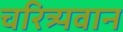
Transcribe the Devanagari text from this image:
चरित्र्यवान